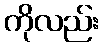
ကိုလည်း